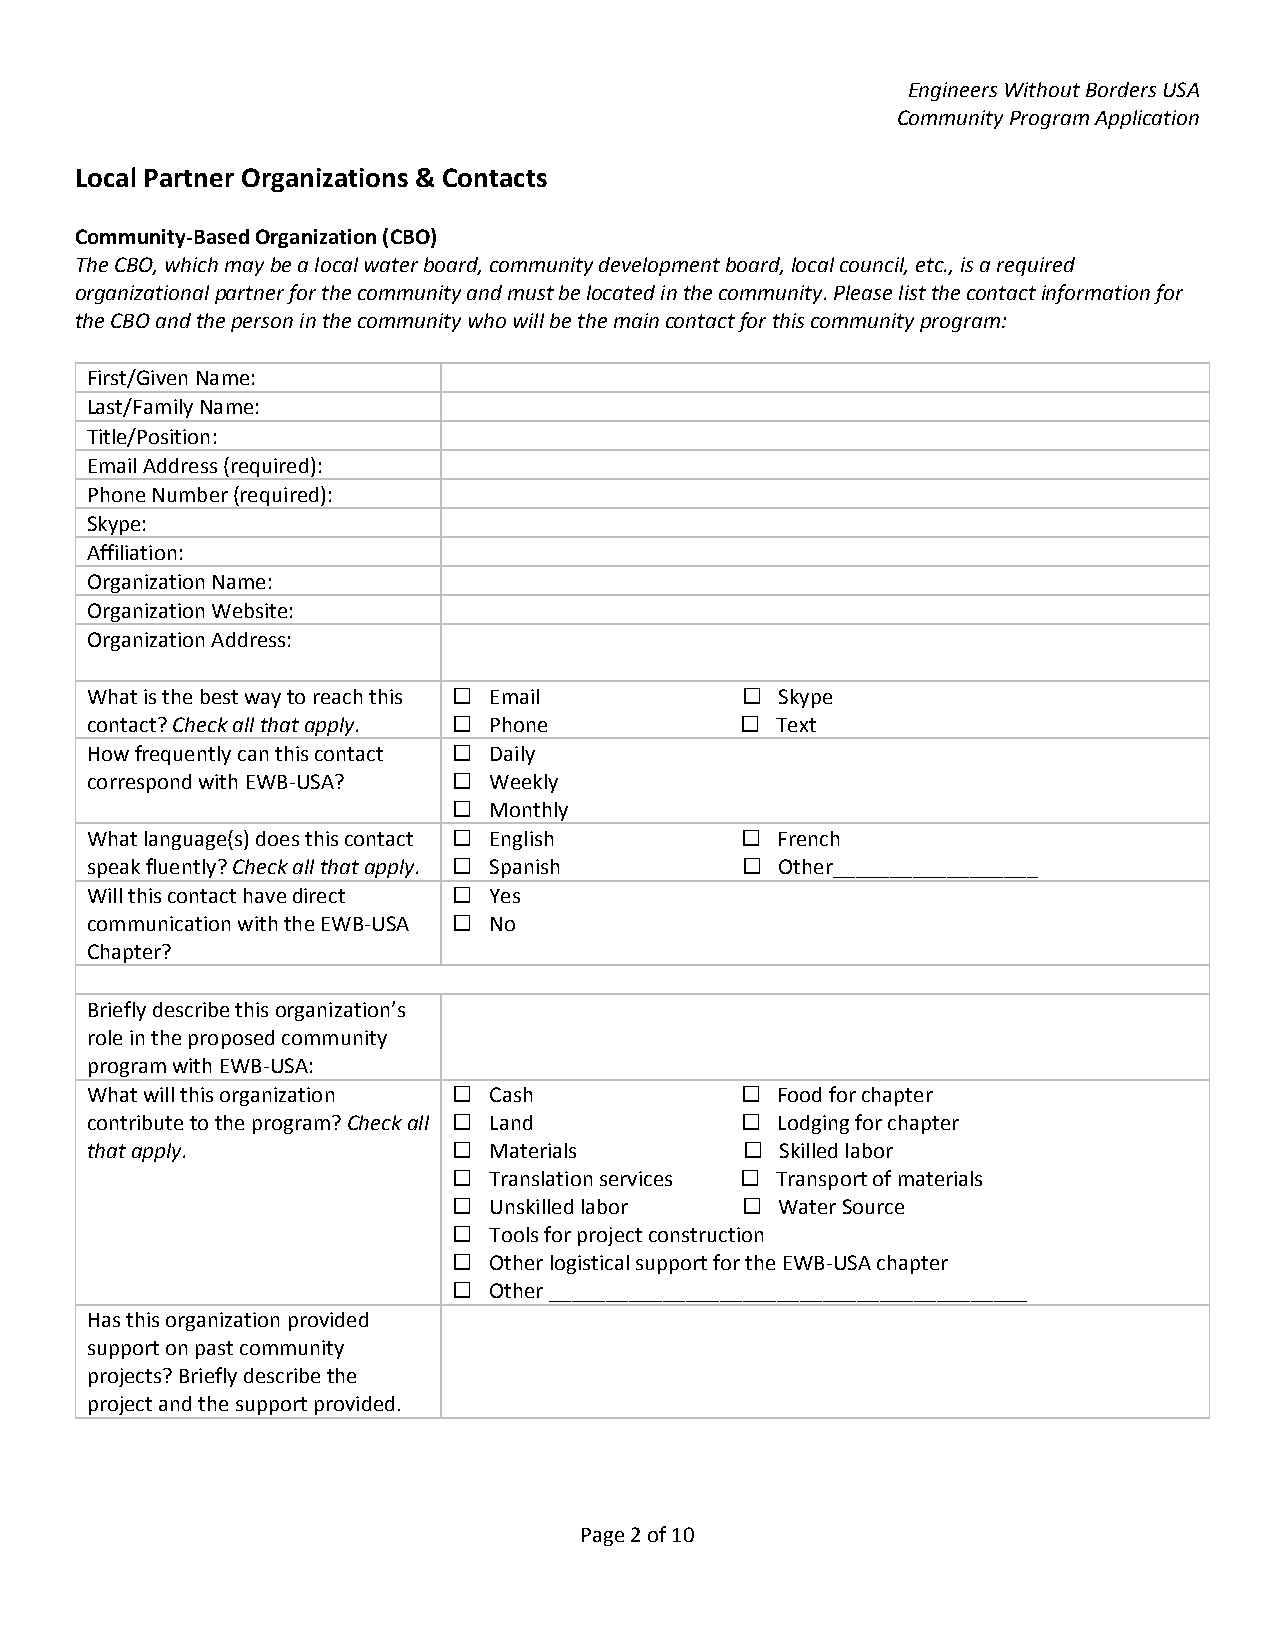
Engineers Without Borders USA
 Community Program Application
 Local Partner Organizations & Contacts
 Community‐Based Organization (CBO)
 The CBO, which may be a local water board, community development board, local council, etc., is a required
 organizational partner for the community and must be located in the community. Please list the contact information for
 the CBO and the person in the community who will be the main contact for this community program:
 First/Given Name:
 Last/Family Name:
 Title/Position:
 Email Address (required):
 Phone Number (required):
 Skype:
 Affiliation:
 Organization Name:
 Organization Website:
 Organization Address:
 What is the best way to reach this  Email   Skype
 contact? Check all that apply.  Phone      Text
 How frequently can this contact  Daily
 correspond with EWB‐USA?  Weekly
  Monthly
 What language(s) does this contact  English  French
 speak fluently? Check all that apply.  Spanish  Other__________________
 Will this contact have direct  Yes
 communication with the EWB‐USA  No
 Chapter?
 Briefly describe this organization’s
 role in the proposed community
 program with EWB‐USA:
 What will this organization  Cash          Food for chapter
 contribute to the program? Check all  Land  Lodging for chapter
 that apply.              Materials          Skilled labor
  Translation services  Transport of materials
  Unskilled labor    Water Source
  Tools for project construction
  Other logistical support for the EWB‐USA chapter
  Other __________________________________________
 Has this organization provided
 support on past community
 projects? Briefly describe the
 project and the support provided.
 Page 2 of 10